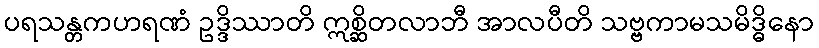
ပရသန္တကဟရဏံ ဥဒ္ဒိဿာတိ ဣစ္ဆိတလာဘီ အာလပီတိ သဗ္ဗကာမသမိဒ္ဓိနော